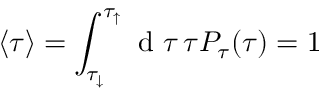
\langle \tau \rangle = \int _ { \tau _ { \downarrow } } ^ { \tau _ { \uparrow } } \mathrm { ~ d ~ } \tau \, \tau P _ { \tau } ( \tau ) = 1